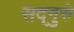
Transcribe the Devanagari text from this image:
सद्‌गुरुं